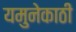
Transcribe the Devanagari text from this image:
यमुनेकाठी